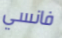
فانسي